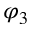
\varphi _ { 3 }